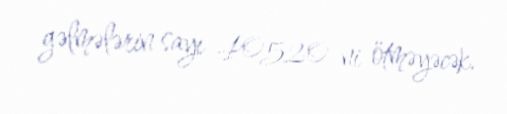
gəlmələrin sayı 40520-ni ötməyəcək.